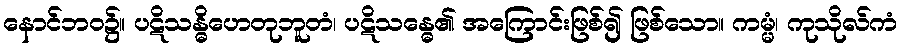
နောင်ဘဝ၌။ ပဋိသန္ဓိဟေတုဘူတံ၊ ပဋိသန္ဓေ၏ အကြောင်းဖြစ်၍ ဖြစ်သော။ ကမ္မံ၊ ကုသိုလ်ကံ